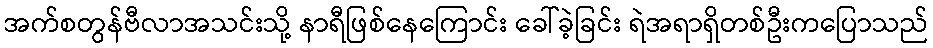
အက်စတွန်ဗီလာအသင်းသို့ နာရီဖြစ်နေကြောင်း ခေါ်ခဲ့ခြင်း ရဲအရာရှိတစ်ဦးကပြောသည်